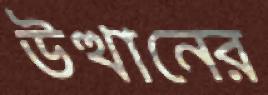
উত্থানের